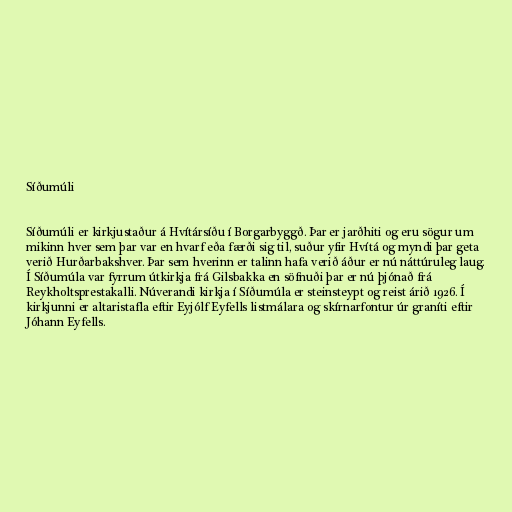
Síðumúli

Síðumúli er kirkjustaður á Hvítársíðu í Borgarbyggð. Þar er jarðhiti og eru sögur um
mikinn hver sem þar var en hvarf eða færði sig til, suður yfir Hvítá og myndi þar geta
verið Hurðarbakshver. Þar sem hverinn er talinn hafa verið áður er nú náttúruleg laug.
Í Síðumúla var fyrrum útkirkja frá Gilsbakka en söfnuði þar er nú þjónað frá
Reykholtsprestakalli. Núverandi kirkja í Síðumúla er steinsteypt og reist árið 1926. Í
kirkjunni er altaristafla eftir Eyjólf Eyfells listmálara og skírnarfontur úr graníti eftir
Jóhann Eyfells.